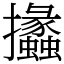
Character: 攭